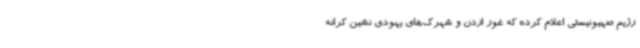
رژیم صهیونیستی اعلام کرده که غور اردن و شهرک‌های یهودی نشین کرانه